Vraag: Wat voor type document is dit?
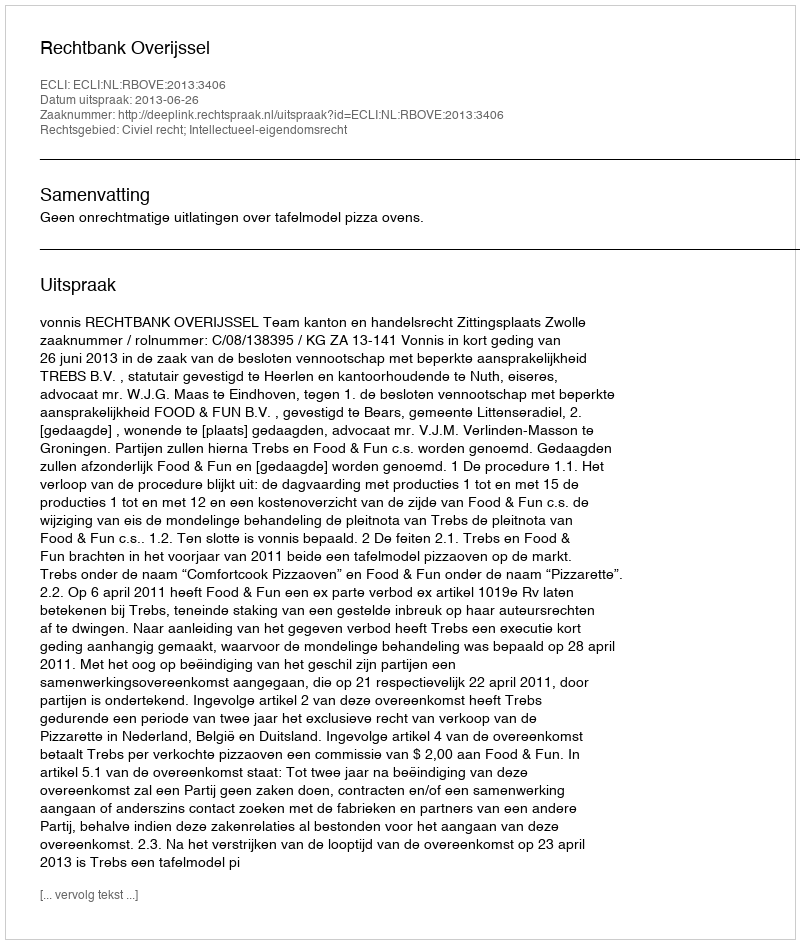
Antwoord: Uitspraak